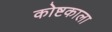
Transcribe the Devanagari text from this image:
कोष्टकाला